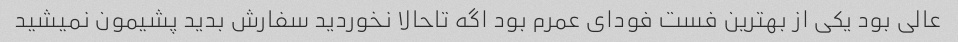
عالی بود یکی از بهترین فست فودای عمرم بود اگه تاحالا نخوردید سفارش بدید پشیمون نمیشید